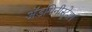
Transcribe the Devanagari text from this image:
ॲडमिनीस्ट्रेशन